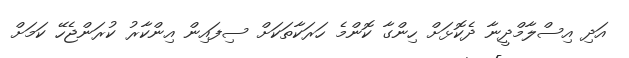
އަދި އިސްލާމްދީނާ ދެކޮޅަށް ހިންގާ ކޮންމެ ހަރަކާތަކަށް ސިފައިން އިންކާރު ކުރަންޖެހޭ ކަމަށް